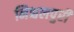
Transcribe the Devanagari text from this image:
निश्चलपुरी